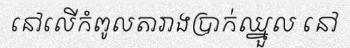
នៅលើកំពូលតារាងប្រាក់ឈ្នួល នៅ